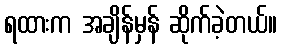
ရထားက အချိန်မှန် ဆိုက်ခဲ့တယ်။